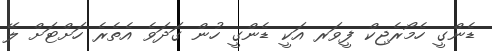
ޑެންގީ ހެމޯރެޖިކް ފީވަރ އަކީ ޑެންގީ ހުން ގަދަވެ އެތެރެ ހަށްޓަށް ލޭ